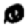
Digit: 0